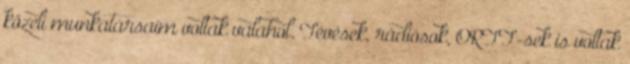
közeli munkatársaim voltak valahol. Tévések, rádiósok, ORTT-sek is voltak